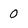
Character: 0